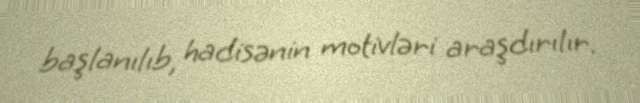
başlanılıb, hadisənin motivləri araşdırılır.